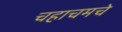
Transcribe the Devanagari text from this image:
चहाचमचे